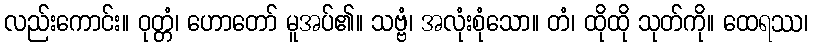
လည်းကောင်း။ ဝုတ္တံ၊ ဟောတော် မူအပ်၏။ သဗ္ဗံ၊ အလုံးစုံသော။ တံ၊ ထိုထို သုတ်ကို။ ထေရဿ၊